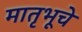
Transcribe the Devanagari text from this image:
मातृभूचे